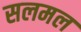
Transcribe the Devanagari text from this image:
सलमल